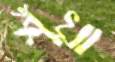
শুঁখা